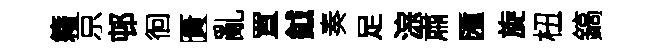
籍京邨徊匱亂罝鉞奏足淙肅匯旋杻鎬